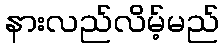
နားလည်လိမ့်မည်